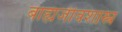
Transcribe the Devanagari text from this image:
बाह्यजीवशास्त्र